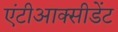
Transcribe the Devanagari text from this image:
एंटीआक्सीडेंट